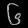
Digit: ၆